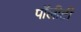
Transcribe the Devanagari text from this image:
पॉलीटी